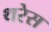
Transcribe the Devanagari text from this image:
थरेस